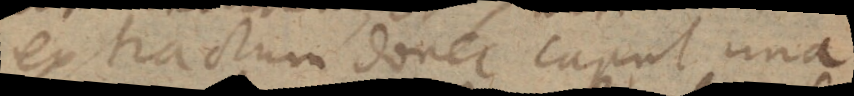
extractum donec caput una